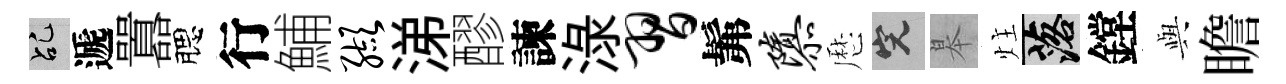
乩遞囂腮行鯆缬涕醪諫渌习髴隳厯完皋炷落鏜𫤰瞻